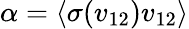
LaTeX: \alpha=\langle\sigma(v_{12})v_{12}\rangle